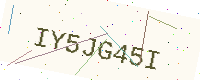
Text: IY5JG45I